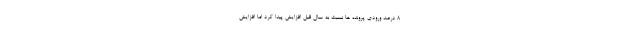
۸ درصد ورودی پرونده ها نسبت به سال قبل افزایش پیدا کرد اما افزایش